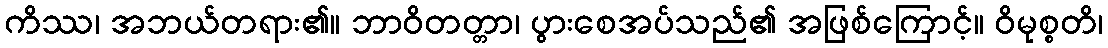
ကိဿ၊ အဘယ်တရား၏။ ဘာဝိတတ္တာ၊ ပွားစေအပ်သည်၏ အဖြစ်ကြောင့်။ ဝိမုစ္စတိ၊